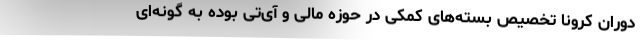
دوران کرونا تخصیص بسته‌های کمکی در حوزه مالی و آی‌تی بوده به گونه‌ای